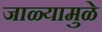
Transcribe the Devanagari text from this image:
जाळ्यामुळे